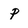
Character: p